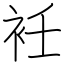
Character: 衽